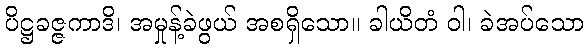
ပိဋ္ဌခဇ္ဇကာဒိ၊ အမှုန့်ခဲဖွယ် အစရှိသော။ ခါယိတံ ဝါ၊ ခဲအပ်သော